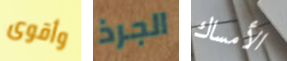
وأقوى الجرذ الأمساك